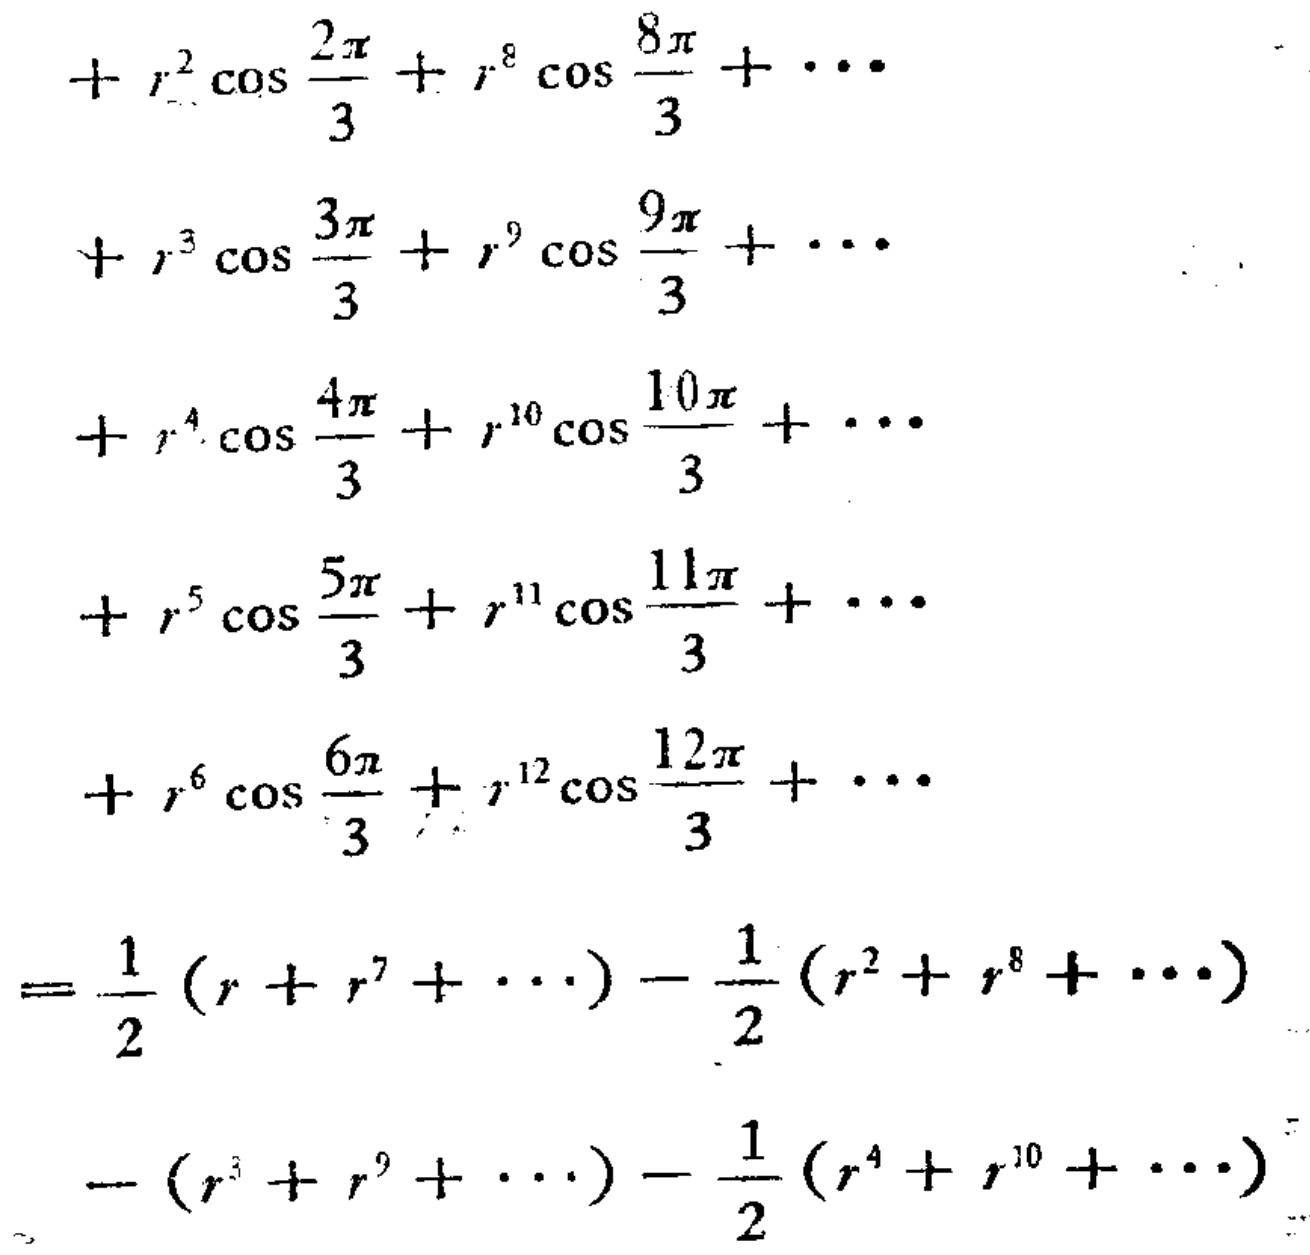
\begin{align*}
&+r^{2}\cos\frac{2\pi}{3}+r^{8}\cos\frac{8\pi}{3}+\cdots\\
&+r^{3}\cos\frac{3\pi}{3}+r^{9}\cos\frac{9\pi}{3}+\cdots\\
&+r^{4}\cos\frac{4\pi}{3}+r^{10}\cos\frac{10\pi}{3}+\cdots\\
&+r^{5}\cos\frac{5\pi}{3}+r^{11}\cos\frac{11\pi}{3}+\cdots\\
&+r^{6}\cos\frac{6\pi}{3}+r^{12}\cos\frac{12\pi}{3}+\cdots\\
=&\frac{1}{2}(r + r^{7}+\cdots)-\frac{1}{2}(r^{2}+r^{8}+\cdots)\\
&-(r^{3}+r^{9}+\cdots)-\frac{1}{2}(r^{4}+r^{10}+\cdots)
\end{align*}